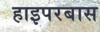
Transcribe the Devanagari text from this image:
हाइपरबास